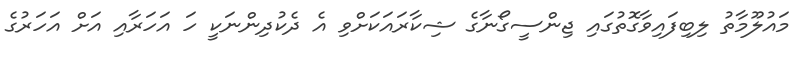
މައުލޫމާތު ލިބިފައިވާގޮތުގައި ޖިންސީގޯނާގެ ޝިކާރައަކަށްވި އެ ދެކުދިންނަކީ ހަ އަހަރާއި އަށް އަހަރުގެ